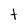
Character: t